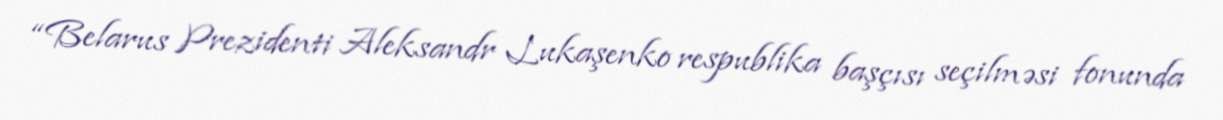
“Belarus Prezidenti Aleksandr Lukaşenko respublika başçısı seçilməsi fonunda